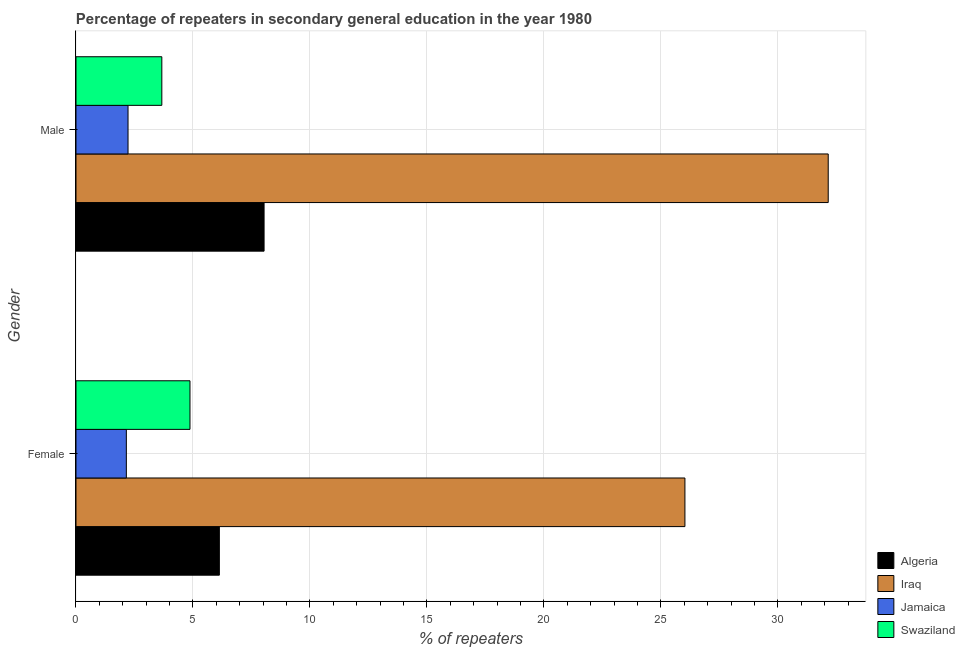
| Gender | Algeria | Iraq | Jamaica | Swaziland |
 | --- | --- | --- | --- | --- |
 | Female | 6.13 | 26 | 2.15 | 4.87 |
 | Male | 8.04 | 32.2 | 2.22 | 3.67 |